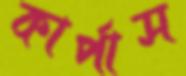
কার্পাস